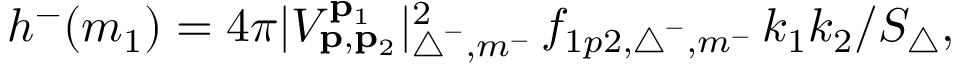
h ^ { - } ( m _ { 1 } ) = 4 \pi | V _ { \mathbf { p } , \mathbf { p } _ { 2 } } ^ { \mathbf { p } _ { 1 } } | _ { \triangle ^ { - } , m ^ { - } } ^ { 2 } \, f _ { 1 p 2 , \triangle ^ { - } , m ^ { - } } \, k _ { 1 } k _ { 2 } / S _ { \triangle } ,